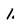
Character: 1